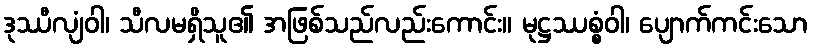
ဒုဿီလျံဝါ၊ သီလမရှိသူ၏ အဖြစ်သည်လည်းကောင်း။ မုဋ္ဌဿစ္စံဝါ၊ ပျောက်ကင်းသော